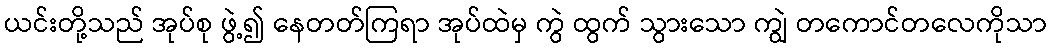
ယင်းတို့သည် အုပ်စု ဖွဲ့၍ နေတတ်ကြရာ အုပ်ထဲမှ ကွဲ ထွက် သွားသော ကျွဲ တကောင်တလေကိုသာ